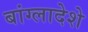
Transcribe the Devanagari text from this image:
बांग्लादेशे